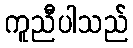
ကူညီပါသည်